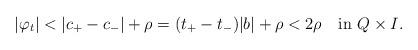
LaTeX: \begin{align*}|\varphi_t|<|c_+-c_-|+\rho=(t_+-t_-)|b|+\rho<2\rho \quad\textrm{in $Q\times I$.}\end{align*}